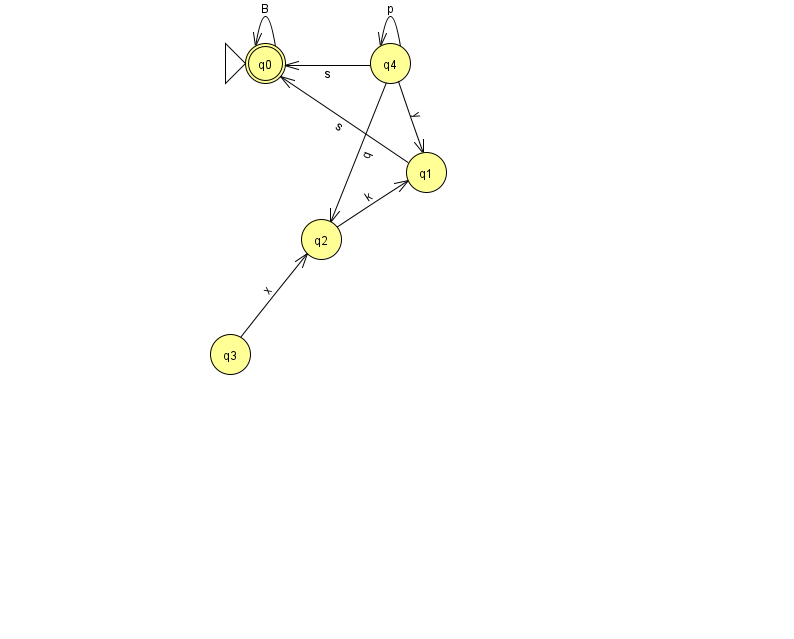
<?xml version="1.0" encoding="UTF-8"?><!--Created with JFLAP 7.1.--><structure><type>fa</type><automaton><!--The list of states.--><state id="0" name="q0"><x>265.0</x><y>50.0</y><initial/><final/></state><state id="1" name="q1"><x>426.0</x><y>159.0</y></state><state id="2" name="q2"><x>321.0</x><y>226.0</y></state><state id="3" name="q3"><x>230.0</x><y>341.0</y></state><state id="4" name="q4"><x>390.0</x><y>50.0</y></state><!--The list of transitions.--><transition><from>4</from><to>4</to><read>p</read></transition><transition><from>1</from><to>0</to><read>s</read></transition><transition><from>0</from><to>0</to><read>B</read></transition><transition><from>2</from><to>1</to><read>k</read></transition><transition><from>4</from><to>0</to><read>s</read></transition><transition><from>3</from><to>2</to><read>x</read></transition><transition><from>4</from><to>1</to><read>y</read></transition><transition><from>4</from><to>2</to><read>q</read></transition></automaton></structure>